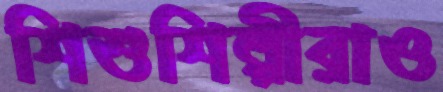
শিশুশিল্পীরাও